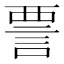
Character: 𫌺